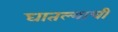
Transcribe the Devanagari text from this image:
घातल्याची